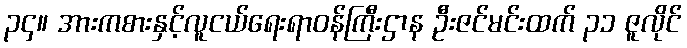
၃၄။ အားကစားနှင့်လူငယ်ရေးရာဝန်ကြီးဌာန ဦးဇင်မင်းထက် ၃၁ ဇူလိုင်